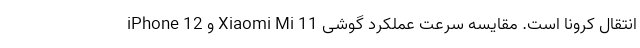
انتقال کرونا است. مقایسه سرعت عملکرد گوشی Xiaomi Mi 11 و iPhone 12